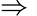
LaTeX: \Rightarrow{}